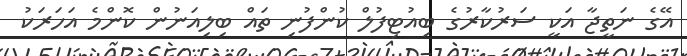
އޭގެ ނަތީޖާ އަކީ ސަރުކާރުގެ ބިއުޓިފުލް ކުންފުނި ތައް ބިލިއަނުން ކޮންމެ އަހަރަކު